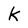
Character: k